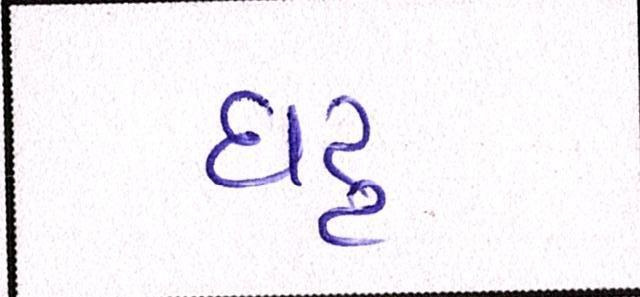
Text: ઘટ્ટ